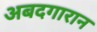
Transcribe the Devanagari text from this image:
अबदगारान